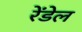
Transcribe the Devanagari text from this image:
रेंडेल